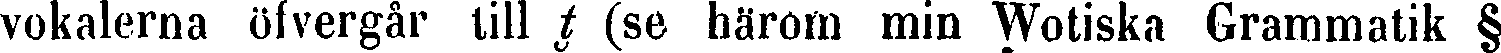
vokalerna öfvergår till t (se härom min Wotiska Grammatik §